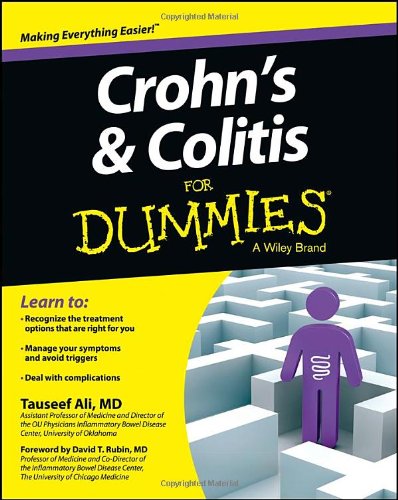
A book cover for Crohn's and Colitis For Dummies; Tauseef Ali; Health, Fitness & Dieting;